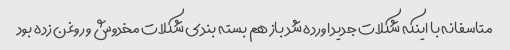
متاسفانه با اینکه شکلات جدید اورده شد باز هم بسته بندی شکلات مخدوش و روغن زده بود